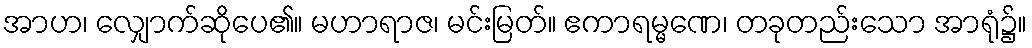
အာဟ၊ လျှောက်ဆိုပေ၏။ မဟာရာဇ၊ မင်းမြတ်။ ဧကာရမ္မဏေ၊ တခုတည်းသော အာရုံ၌။